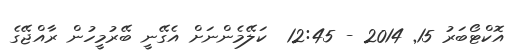
އޮކްޓޯބަރު 15